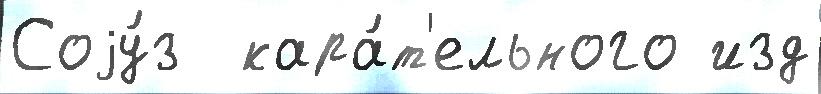
Соjу́з  кара́т'ельного изд